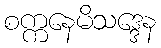
စက္ကနေမိသဒ္ဒေန